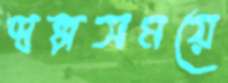
স্বল্পসময়ে